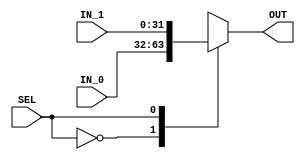
//`timescale 1ns / 1ps
//////////////////////////////////////////////////////////////////////////////////
// Company: 
// 
// Design Name: 
// Module Name: MUX
// Project Name: 
// Target Devices: 
// Tool Versions: 
// Description: 
// 
// Dependencies: 
// 
// Revision:
// Revision 0.01 - File Created
// Additional Comments:
// 
//////////////////////////////////////////////////////////////////////////////////



module MUX  #(parameter MUX_SIZE = 32)
(
 input   wire   [MUX_SIZE - 1 : 0]     IN_0,
 input   wire   [MUX_SIZE - 1 : 0]     IN_1,
 input   wire                          SEL,
 output  reg    [MUX_SIZE - 1 : 0]     OUT 
 );

 
  always @ (*)
    begin
     case(SEL)
	  1'b0 :  OUT = IN_0 ;       
	  1'b1 :  OUT = IN_1 ;     		
     endcase        	   
  end
 
 
endmodule